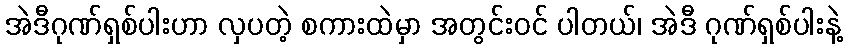
အဲဒီဂုဏ်ရှစ်ပါးဟာ လှပတဲ့ စကားထဲမှာ အတွင်းဝင် ပါတယ်၊ အဲဒီ ဂုဏ်ရှစ်ပါးနဲ့